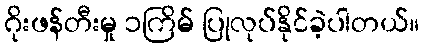
ဂိုးဖန်တီးမှု ၁ကြိမ် ပြုလုပ်နိုင်ခဲ့ပါတယ်။